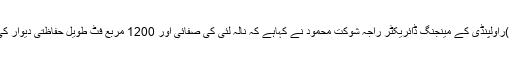
02 جون2018ء) واٹر اینڈ سینی ٹیشن ایجنسی (واسا )راولپنڈی کے مینجنگ ڈائریکٹر راجہ شوکت محمود نے کہاہے کہ نالہ لئی کی صفائی اور 1200 مربع فٹ طویل حفاظتی دیوار کی تعمیر کاکام وسط جون تک مکمل کر لیا جائے گا ۔